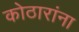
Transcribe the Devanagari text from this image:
कोठारांना